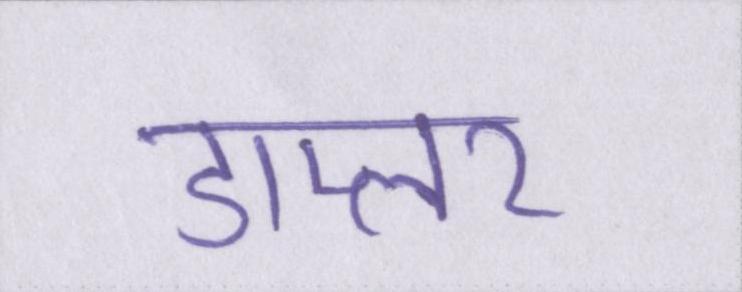
डाप्लर